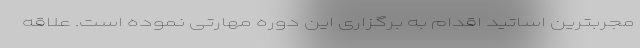
مجربترین اساتید اقدام به برگزاری این دوره مهارتی نموده است. علاقه